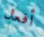
أفعال